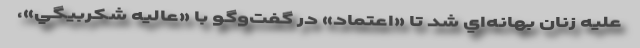
عليه زنان بهانه‌اي شد تا «اعتماد» در گفت‌وگو با «عاليه شكربيگي»،